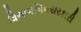
વિભાગબિનસરકારી